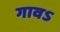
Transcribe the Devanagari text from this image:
गावऽ